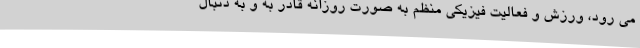
می رود، ورزش و فعالیت فیزیکی منظم به صورت روزانه قادر به و به دنبال